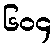
၆၀၄